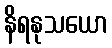
နိရနုသယော